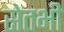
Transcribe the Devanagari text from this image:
सेतभी